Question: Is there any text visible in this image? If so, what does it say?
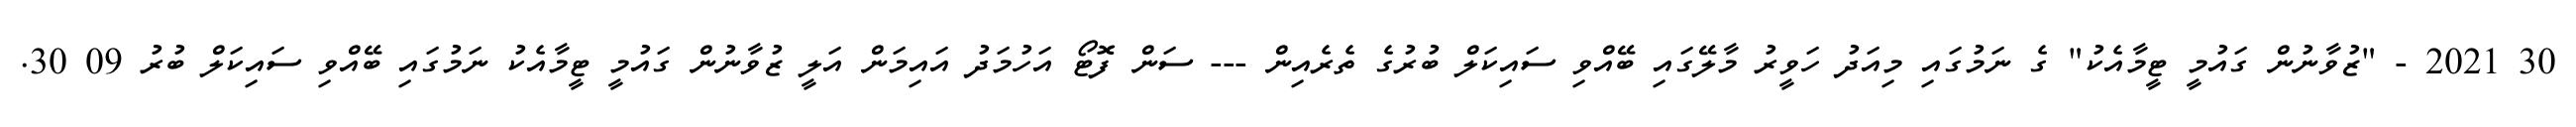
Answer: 30 2021 - "ޒުވާނުން ގައުމީ ޓީމާއެކު" ގެ ނަމުގައި މިއަދު ހަވީރު މާލޭގައި ބޭއްވި ސައިކަލް ބުރުގެ ތެރެއިން --- ސަން ފޮޓޯ އަހުމަދު އައިމަން އަލީ ޒުވާނުން ގައުމީ ޓީމާއެކު ނަމުގައި ބޭއްވި ސައިކަލް ބުރު 09 30.